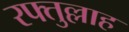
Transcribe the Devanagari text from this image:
रफ्तुल्लाह